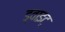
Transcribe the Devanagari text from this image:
ड्वाइट्